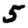
Digit: 5